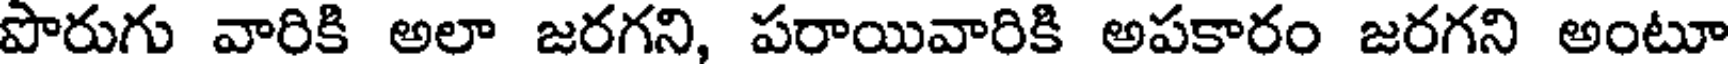
పొరుగు వారికి అలా జరగని, పరాయివారికి అపకారం జరగని అంటూ